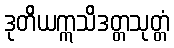
ဒုတိယဣသိဒတ္တသုတ္တံ